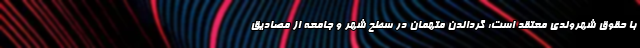
با حقوق شهروندی معتقد است: گرداندن متهمان در سطح شهر و جامعه از مصادیق